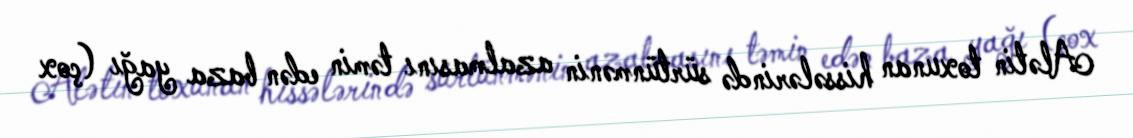
Alətin toxunan hissələrində sürtünmənin azalmasını təmin edən baza yağı (çox